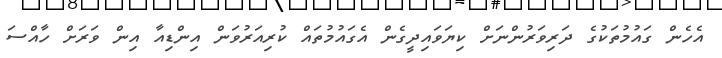
އެހެން ގައުމުތަކުގެ ދަރިވަރުންނަށް ކިޔަވައިދީގެން އެގައުމުތައް ކުރިއަރުވަން އިންޑިއާ އިން ވަރަށް ހާއްސަ